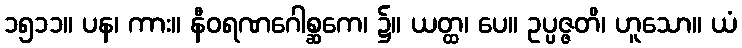
၁၅၁၁။ ပန၊ ကား။ နီဝရဏဂေါစ္ဆကေ၊ ၌။ ယတ္ထ၊ ပေ။ ဥပ္ပဇ္ဇတိ၊ ဟူသော။ ယံ